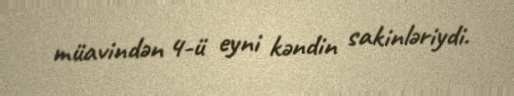
müavindən 4-ü eyni kəndin sakinləriydi.